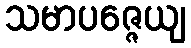
သမာပဇ္ဇေယျ